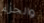
والجزء